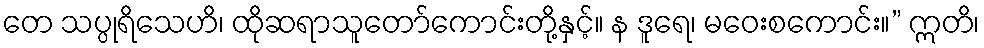
တေ သပ္ပုရိသေဟိ၊ ထိုဆရာသူတော်ကောင်းတို့နှင့်။ န ဒူရေ၊ မဝေးစကောင်း။” ဣတိ၊